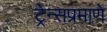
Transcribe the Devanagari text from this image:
ट्रेन्सप्रमाणे